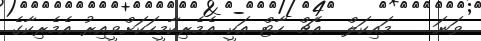
ވަނަ ..  މައިކަލް  އެޗް ހާޓް އަކީ އެމެރިކާމީހަކަށްވީއިރު އެމެރިކާގެ